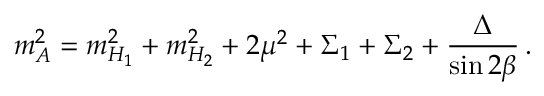
m _ { A } ^ { 2 } = m _ { H _ { 1 } } ^ { 2 } + m _ { H _ { 2 } } ^ { 2 } + 2 \mu ^ { 2 } + \Sigma _ { 1 } + \Sigma _ { 2 } + \frac { \Delta } { \sin 2 \beta } \, .